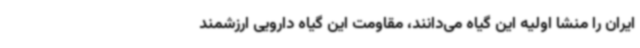
ایران را منشا اولیه این گیاه می‌دانند، مقاومت این گیاه دارویی ارزشمند